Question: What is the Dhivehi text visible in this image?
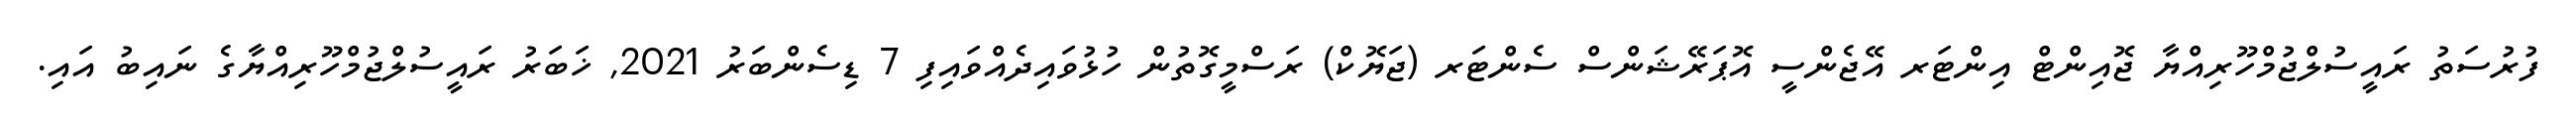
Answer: ފުރުސަތު ރައީސުލްޖުމްހޫރިއްޔާ ޖޮއިންޓް އިންޓަރ އޭޖެންސީ އޮޕަރޭޝަންސް ސެންޓަރ (ޖަޔޮކް) ރަސްމީގޮތުން ހުޅުވައިދެއްވައިފި 7 ޑިސެންބަރު 2021, ޚަބަރު ރައީސުލްޖުމްހޫރިއްޔާގެ ނައިބު އައި.